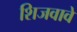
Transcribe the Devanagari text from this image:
शिजवावे